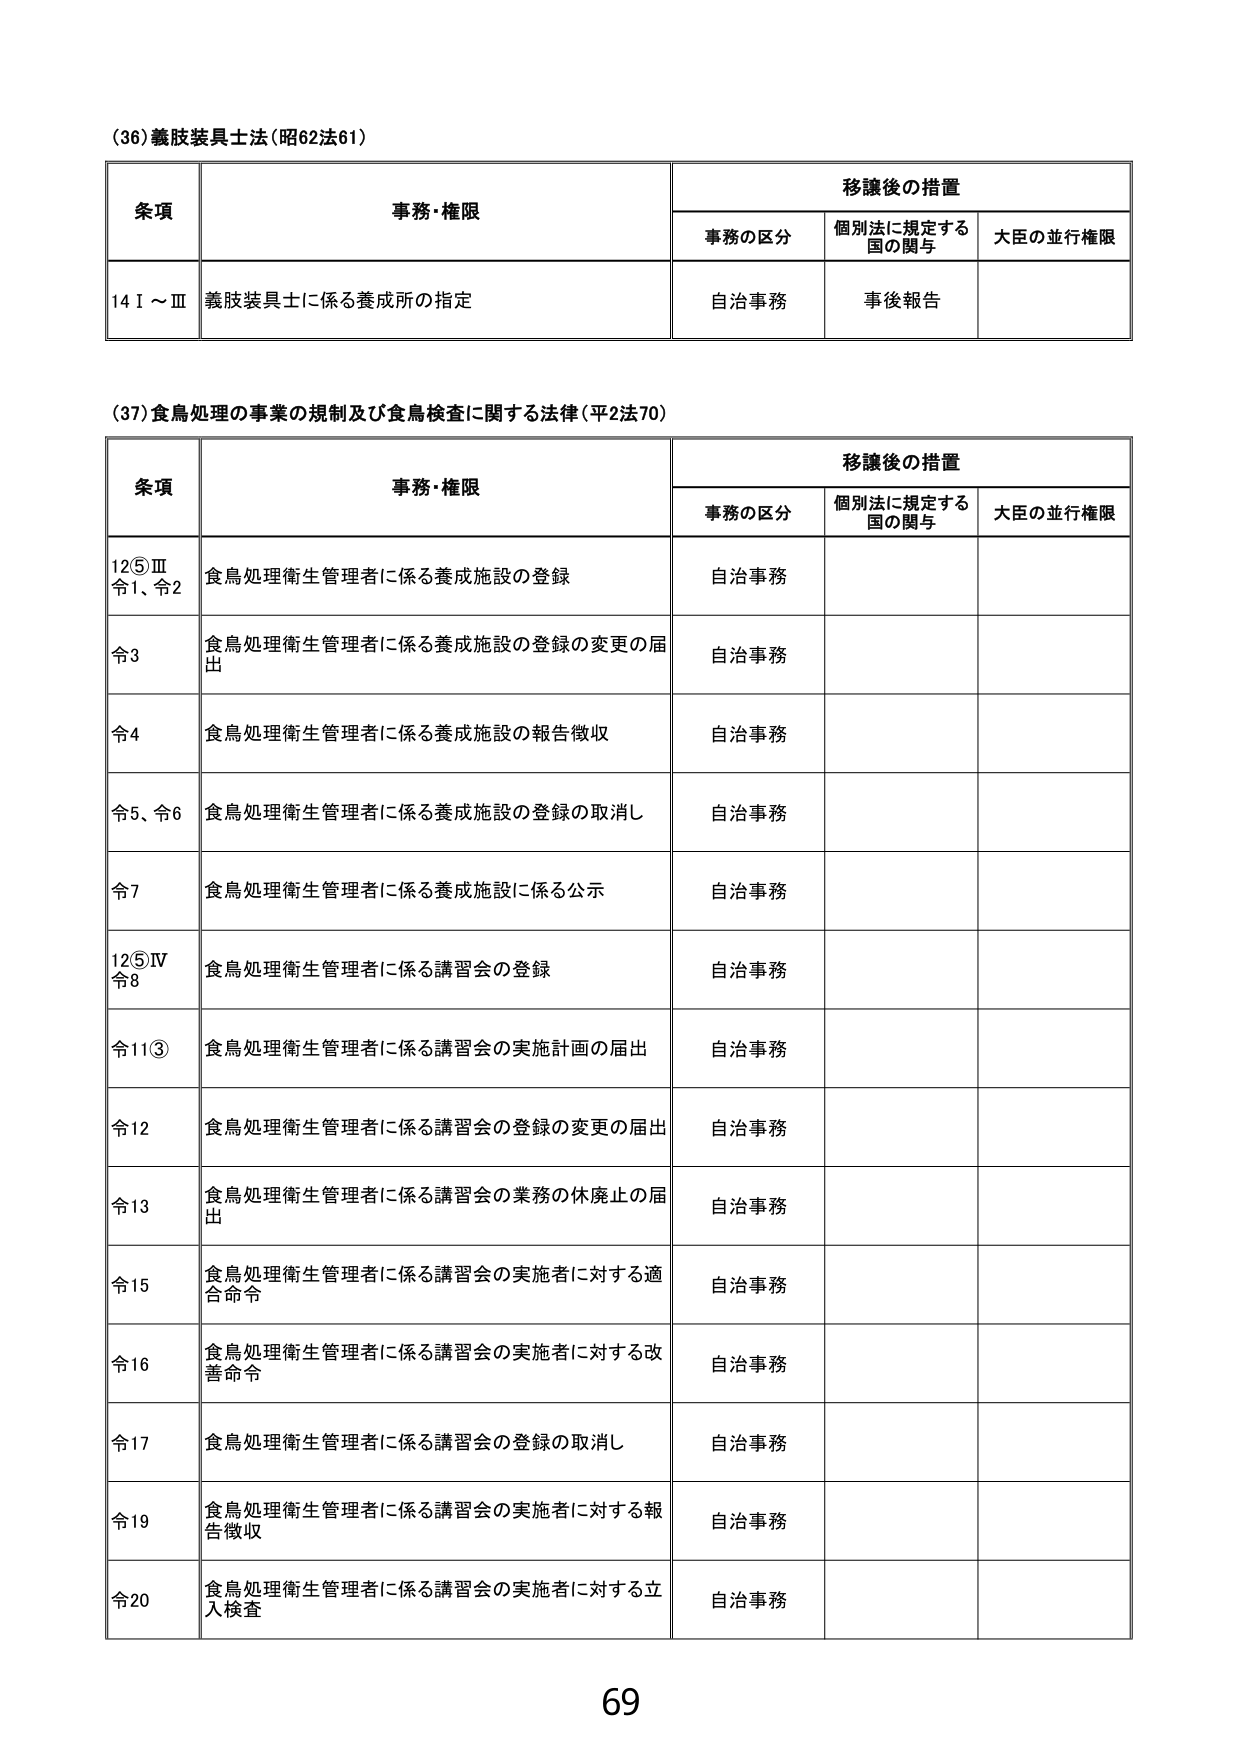
(36) 義肢装具士法 (昭62法61)

| 条項 | 事務・権限 | 移譲後の措置 |
|------|------------|--------------|
|      |            | 事務の区分 | 個別法に規定する国の関与 | 大臣の並行権限 |
| 14Ⅰ～Ⅲ | 義肢装具士に係る養成所の指定 | 自治事務 | 事後報告 | |

(37) 食鳥処理の事業の規制及び食鳥検査に関する法律 (平2法70)

| 条項 | 事務・権限 | 移譲後の措置 |
|------|------------|--------------|
|      |            | 事務の区分 | 個別法に規定する国の関与 | 大臣の並行権限 |
| 12⑤Ⅲ<br>令1、令2 | 食鳥処理衛生管理者に係る養成施設の登録 | 自治事務 | | |
| 令3 | 食鳥処理衛生管理者に係る養成施設の登録の変更の届出 | 自治事務 | | |
| 令4 | 食鳥処理衛生管理者に係る養成施設の報告徴収 | 自治事務 | | |
| 令5、令6 | 食鳥処理衛生管理者に係る養成施設の登録の取消し | 自治事務 | | |
| 令7 | 食鳥処理衛生管理者に係る養成施設に係る公示 | 自治事務 | | |
| 12⑤Ⅳ<br>令8 | 食鳥処理衛生管理者に係る講習会の登録 | 自治事務 | | |
| 令11③ | 食鳥処理衛生管理者に係る講習会の実施計画の届出 | 自治事務 | | |
| 令12 | 食鳥処理衛生管理者に係る講習会の登録の変更の届出 | 自治事務 | | |
| 令13 | 食鳥処理衛生管理者に係る講習会の業務の休廃止の届出 | 自治事務 | | |
| 令15 | 食鳥処理衛生管理者に係る講習会の実施者に対する適合命令 | 自治事務 | | |
| 令16 | 食鳥処理衛生管理者に係る講習会の実施者に対する改善命令 | 自治事務 | | |
| 令17 | 食鳥処理衛生管理者に係る講習会の登録の取消し | 自治事務 | | |
| 令19 | 食鳥処理衛生管理者に係る講習会の実施者に対する報告徴収 | 自治事務 | | |
| 令20 | 食鳥処理衛生管理者に係る講習会の実施者に対する立入検査 | 自治事務 | | |

69